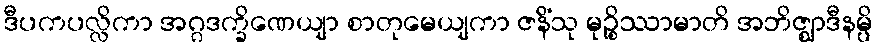
ဒီပကပလ္လိကာ အဂ္ဂဒက္ခိဏေယျာ စာတုမေယျကာ ဇနိံသု မုဉ္စိဿာမာတိ အဘိဇ္ဈာဒီနမ္ပိ